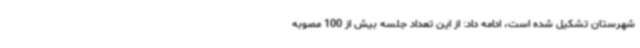
شهرستان تشکیل شده است، ادامه داد: از این تعداد جلسه بیش از 100 مصوبه